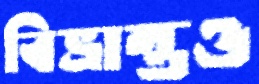
বিভ্রান্তও